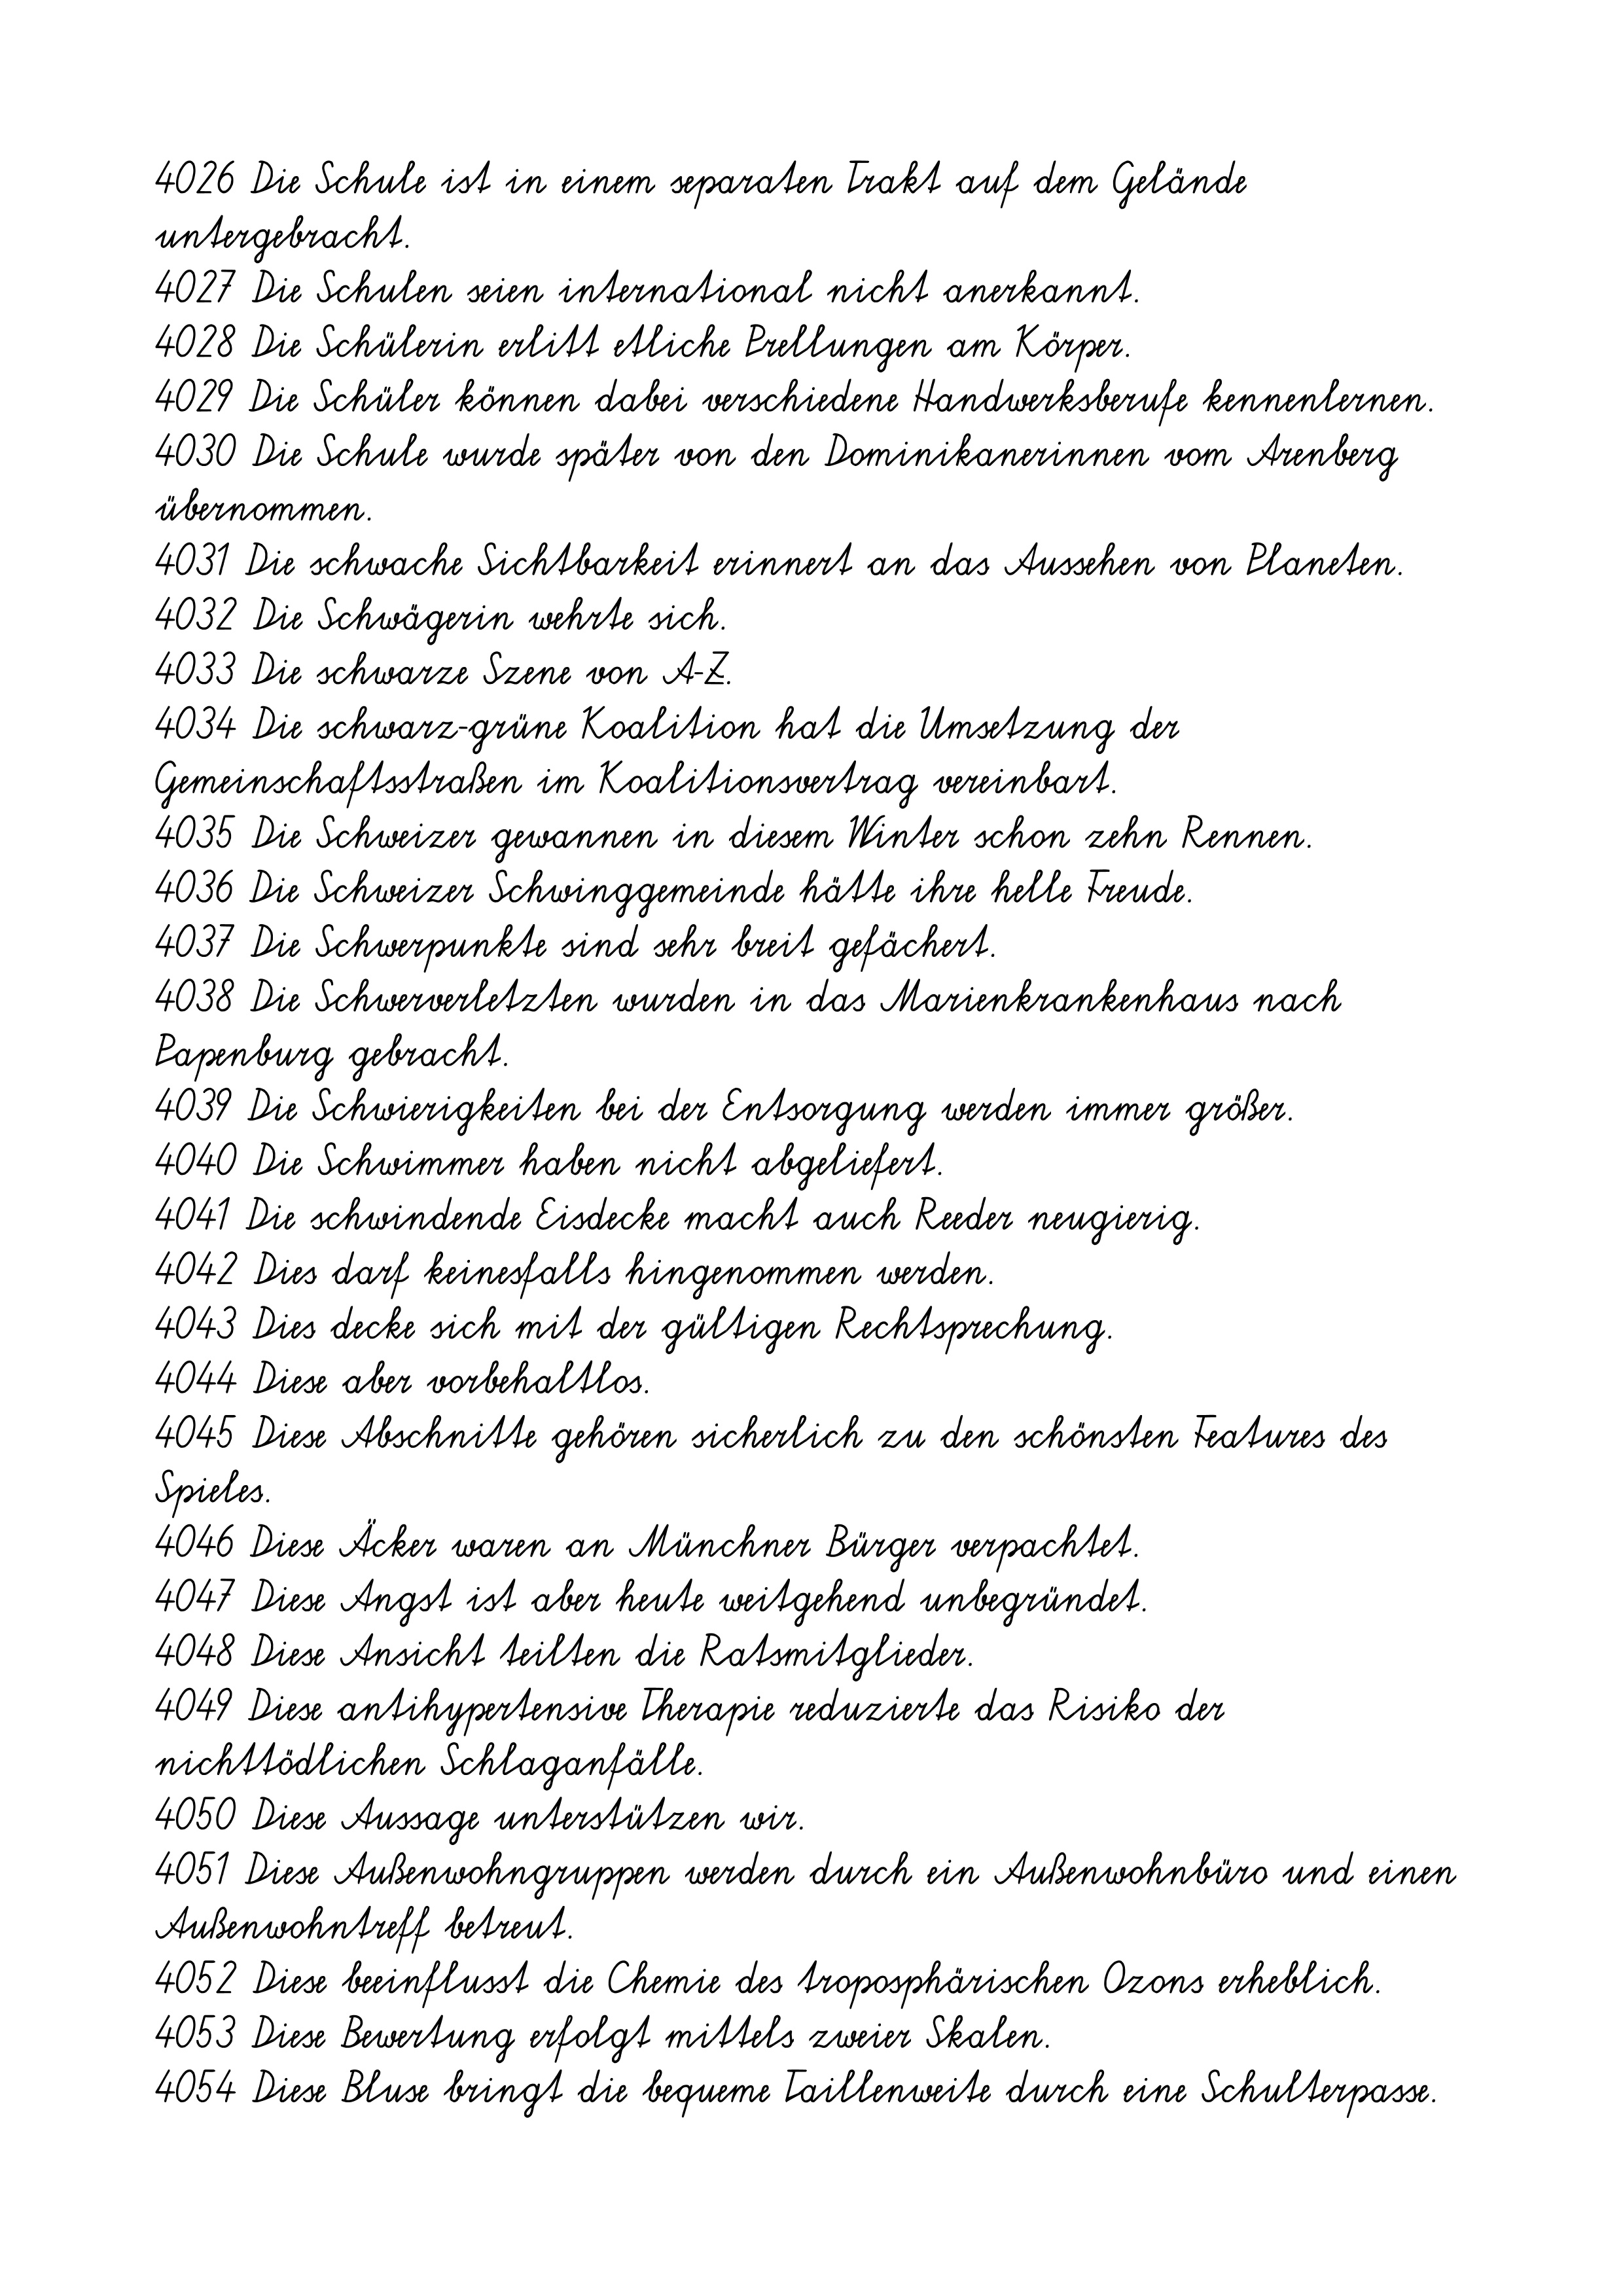
4026 Die Schule ist in einem separaten Trakt auf dem Gelände
untergebracht.
4027 Die Schulen seien international nicht anerkannt.
4028 Die Schülerin erlitt etliche Prellungen am Körper.
4029 Die Schüler können dabei verschiedene Handwerksberufe kennenlernen.
4030 Die Schule wurde später von den Dominikanerinnen vom Arenberg
übernommen.
4031 Die schwache Sichtbarkeit erinnert an das Aussehen von Planeten.
4032 Die Schwägerin wehrte sich.
4033 Die schwarze Szene von A-Z.
4034 Die schwarz-grüne Koalition hat die Umsetzung der
Gemeinschaftsstraßen im Koalitionsvertrag vereinbart.
4035 Die Schweizer gewannen in diesem Winter schon zehn Rennen.
4036 Die Schweizer Schwinggemeinde hätte ihre helle Freude.
4037 Die Schwerpunkte sind sehr breit gefächert.
4038 Die Schwerverletzten wurden in das Marienkrankenhaus nach
Papenburg gebracht.
4039 Die Schwierigkeiten bei der Entsorgung werden immer größer.
4040 Die Schwimmer haben nicht abgeliefert.
4041 Die schwindende Eisdecke macht auch Reeder neugierig.
4042 Dies darf keinesfalls hingenommen werden.
4043 Dies decke sich mit der gültigen Rechtsprechung.
4044 Diese aber vorbehaltlos.
4045 Diese Abschnitte gehören sicherlich zu den schönsten Features des
Spieles.
4046 Diese Äcker waren an Münchner Bürger verpachtet.
4047 Diese Angst ist aber heute weitgehend unbegründet.
4048 Diese Ansicht teilten die Ratsmitglieder.
4049 Diese antihypertensive Therapie reduzierte das Risiko der
nichttödlichen Schlaganfälle.
4050 Diese Aussage unterstützen wir.
4051 Diese Außenwohngruppen werden durch ein Außenwohnbüro und einen
Außenwohntreff betreut.
4052 Diese beeinflusst die Chemie des troposphärischen Ozons erheblich.
4053 Diese Bewertung erfolgt mittels zweier Skalen.
4054 Diese Bluse bringt die bequeme Taillenweite durch eine Schulterpasse.